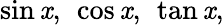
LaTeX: \sin\mathit{x},\ \cos\mathit{x},\ \tan\mathit{x},